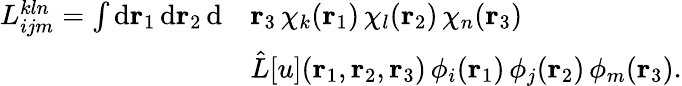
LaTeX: \begin{array}{rl}{{L}_{ijm}^{kln}=\int\mathrm{d}{\mathbf{r}_{1}}\, \mathrm{d}{\mathbf{r}_{2}}\, \mathrm{d}}&{{\mathbf{r}_{3}}\, \chi_{k}({\mathbf{r}_{1}})\, \chi_{l}({\mathbf{r}_{2}})\, \chi_{n}({\mathbf{r}_{3}})\, }\\ &{\hat{L}[u]({\mathbf{r}_{1}},{\mathbf{r}_{2}},{\mathbf{r}_{3}})\, \phi_{i}({\mathbf{r}_{1}})\, \phi_{j}({\mathbf{r}_{2}})\, \phi_{m}({\mathbf{r}_{3}}).}\end{array}